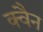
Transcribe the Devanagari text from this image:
क्वैन